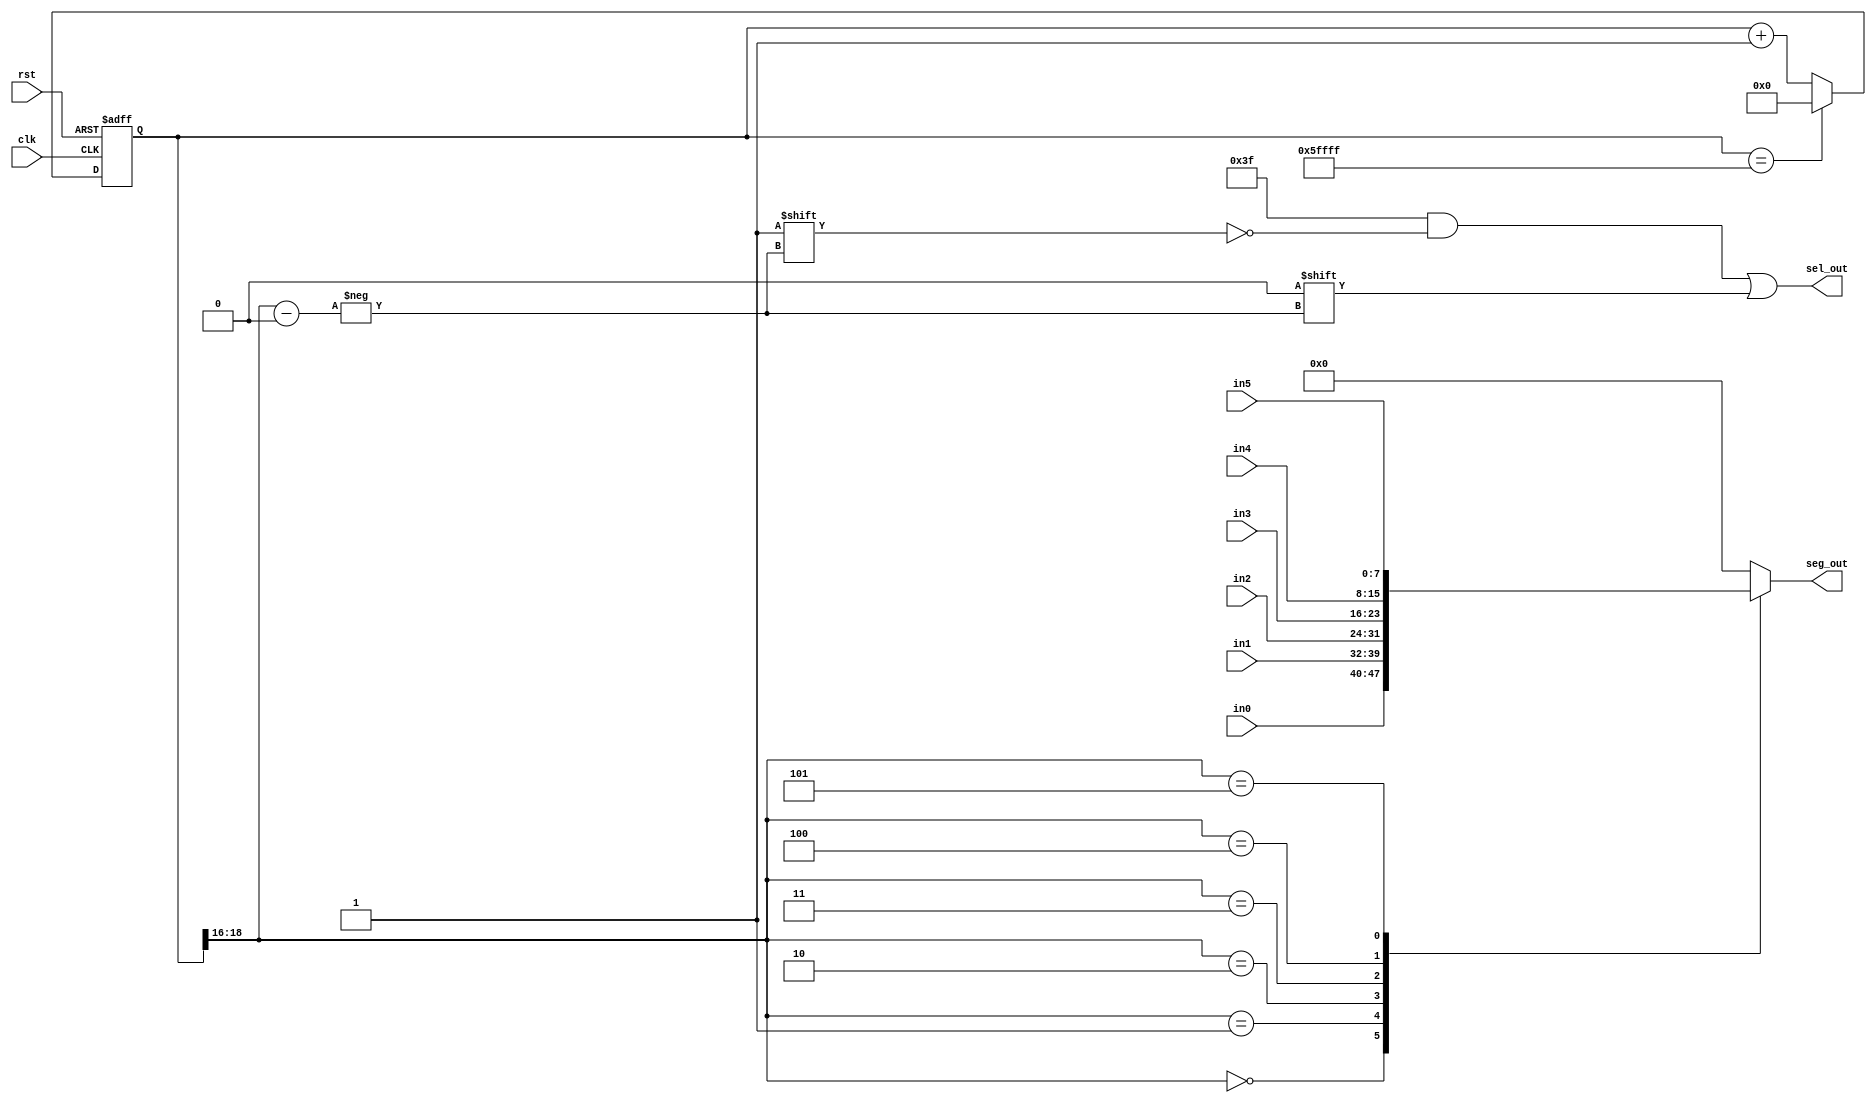
`timescale 1ns / 1ps

module LED_mux
	#(parameter N=19) //last 3 bits will be used as output. Frequency=50MHz/(2^(N-3)). So N=19 will have 763Hz
	(
	input clk,rst,
	input[7:0] in0,in1,in2,in3,in4,in5, 
	output [7:0] seg_out,
	output reg[5:0] sel_out
    );
	 
	 
	 reg[N-1:0] r_reg=0;
	 reg[7:0] hex_out=0;
	 wire[N-1:0] r_nxt;
	 wire[2:0] out_counter; //last 3 bits to be used as output signal
	 
	 
	 //N-bit counter
	 always @(posedge clk,negedge rst)
	 if(!rst) r_reg<=0;
	 else r_reg<=r_nxt;
	 
	 assign r_nxt=(r_reg=={3'd5,{(N-3){1'b1}}})?19'd0:r_reg+1'b1; //last 3 bits counts from 0 to 5(6 turns) then wraps around
	 assign out_counter=r_reg[N-1:N-3];
	 
	 
	 //sel_out output logic
	 always @(out_counter) begin
		 sel_out=6'b111_111;    //active low
		 sel_out[out_counter]=1'b0;
	 end
	  
	 //hex_out output logic
	 always @* begin
		 hex_out=0;
			 casez(out_counter)
			 3'b000: hex_out=in0;
			 3'b001: hex_out=in1;
			 3'b010: hex_out=in2;
			 3'b011: hex_out=in3;
			 3'b100: hex_out=in4;
			 3'b101: hex_out=in5;
			 endcase
	 end
	 
	 assign seg_out=hex_out;
	 	

		
endmodule